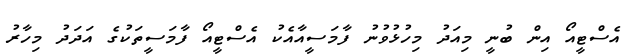
އެސްޓީއޯ އިން ބުނީ މިއަދު މިހުޅުވުނު ފާމަސީއާއެކު އެސްޓީއޯ ފާމަސީތަކުގެ އަދަދު މިހާރު